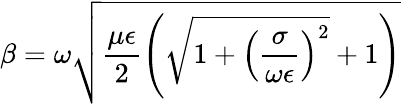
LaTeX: \beta=\omega\sqrt{\frac{\mu\epsilon}{2}\left(\sqrt{1+\left(\frac{\sigma}{\omega\epsilon}\right)^{2}}+1\right)}